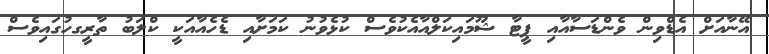
އޭނާއަށް އެޑްވިން ވެންޑަސާއާއި ޕީޓާ ޝޫމައިކަލްއާއެކުވެސް ކުޅެވުނު ކަމަށާއި ޑެހެއާއަކީ ކްލަބު ތާރީގހުގައިވެސް